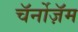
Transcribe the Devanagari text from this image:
चॅर्नोज़ॅम